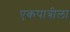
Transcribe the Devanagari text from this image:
एकपात्रीला